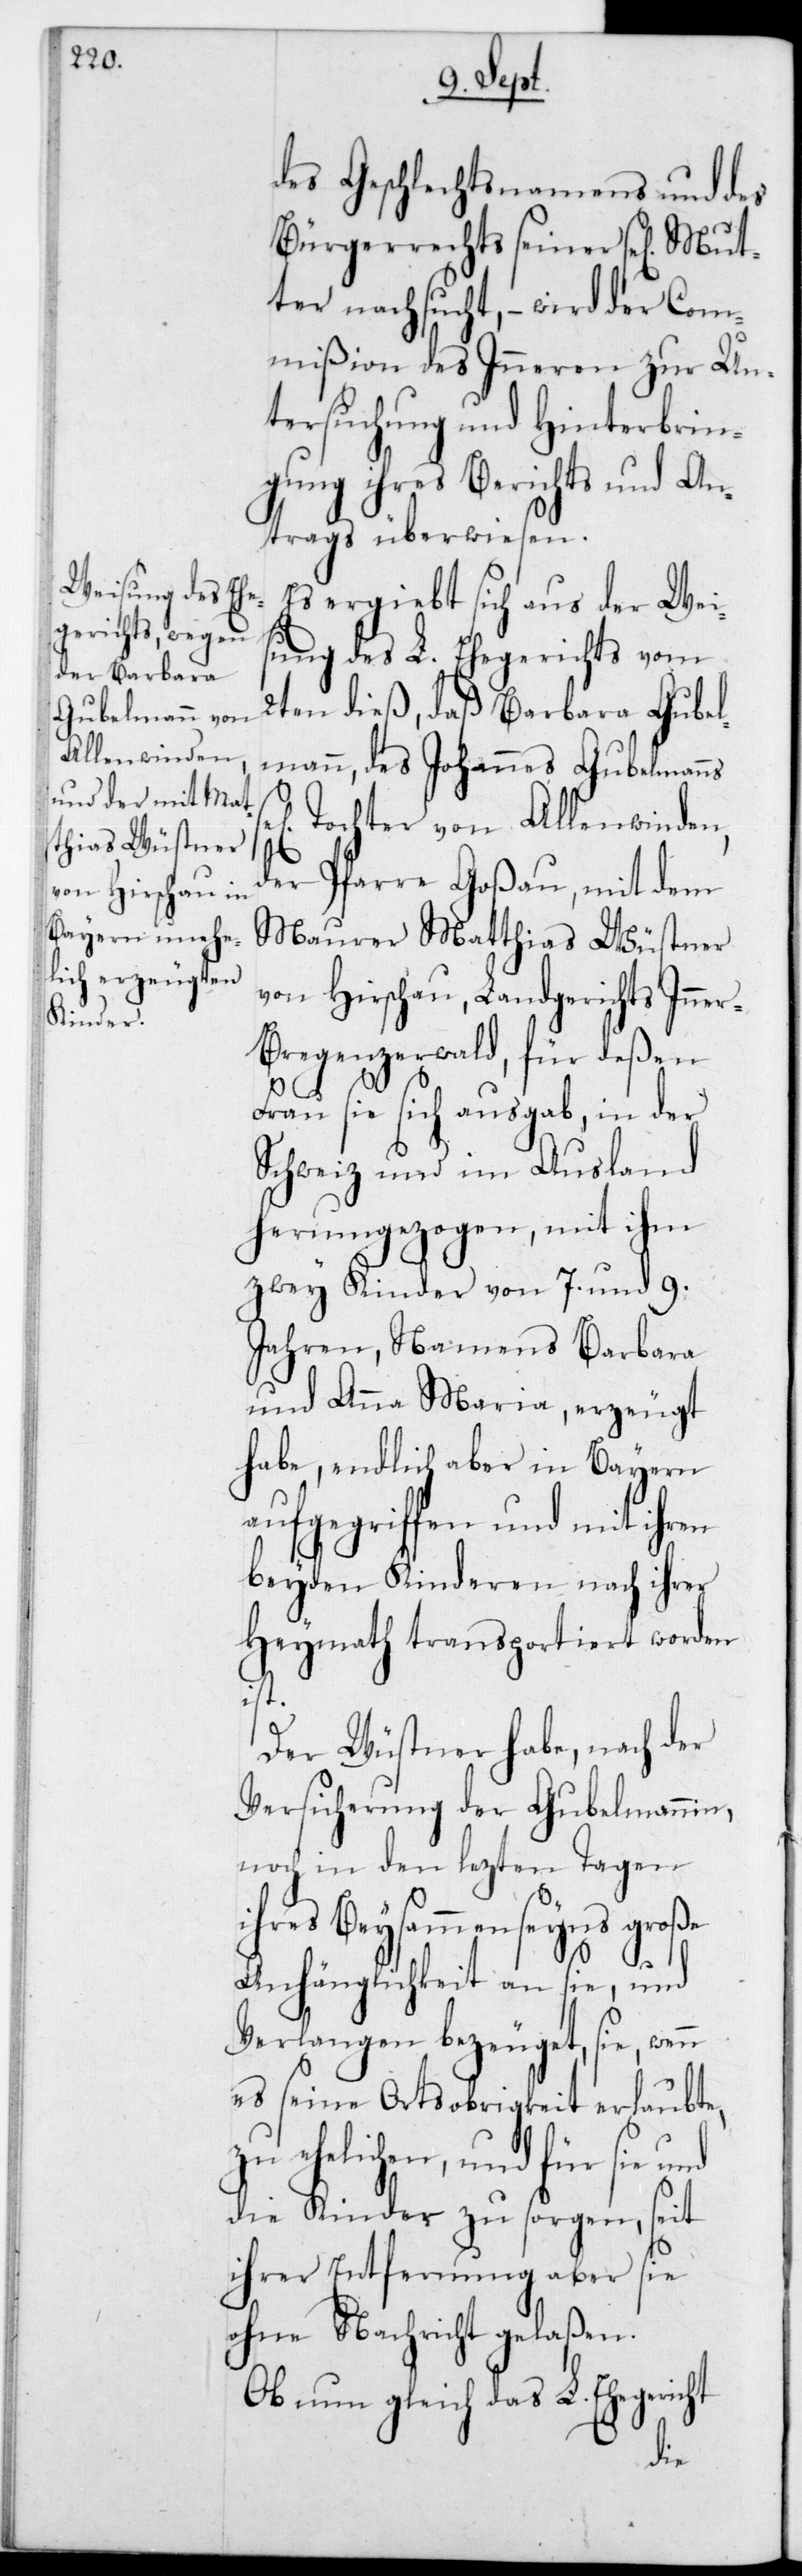
des Geschlechtsnamens und des
Bürgerrechts seiner se[ligen]
ter nachsucht, – wird der Com¬
mißion des Inneren zur Un¬
tersuchung und Hinterbrin¬
gung ihres Berichts und An¬
trags überwiesen.
Es ergiebt sich aus der Weis¬
ung des L. Eherichts vom
2ten dieß, daß Barbara Gubel¬
mann, des Johannes Gubelmanns
Tochter von Allenwinden,
n
der Pfarre Goßau, mit dem
Maurer Matthias Wüstner
von Hirschau, Landgerichts Inne¬
regenzerwald, für deßen
Frau sie sich ausgab, in der
Schweiz und im Ausland
herumgezogen, mit ihm
zwey Kinder von 7 und 9
Jahren, namens Barbara
und Anna Maria, erzeugt
habe, endlich aber in Bayern
aufgegriffen und mit ihren
beyden Kinderen nach ihrer
Heymath transportiert worden
ist.
Der Wüstner habe, nach der
Versicherung der Gubelmannin,
noch in den lezten Tagen
ihres Beysammenseins große
Anhänglichkeit an sie, und
Verlangen bezeuget, sie, wen¬
es seine Ortsobrigkeit erlaubte,
zu ehelichen, und für sie und
die Kinder zu sorgen, seit
ihrer Entfernung aber sie
ohne Nachricht gelaßen.
Ob nun gleich das L. Ehegericht